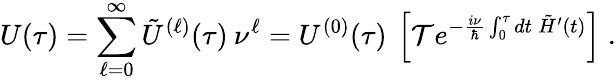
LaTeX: U(\tau)=\sum_{\ell=0}^{\infty}\tilde{U}^{(\ell)}(\tau)\: \nu^{\ell}=U^{(0)}(\tau)\: \left[{\cal T}e^{-\frac{i\nu}{\hbar}\int_{0}^{\tau}dt\: \tilde{H}^{\prime}(t)}\right]\; .